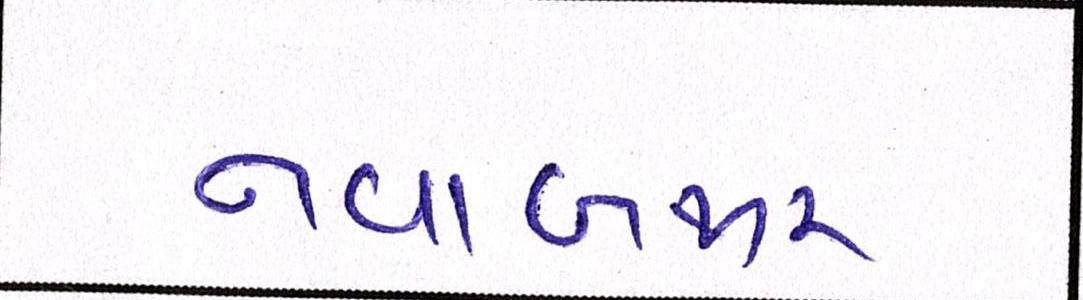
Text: નવાબજાર